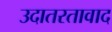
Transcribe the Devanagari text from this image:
उदातरतावाद